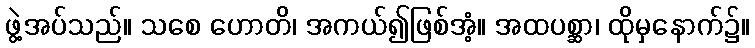
ဖွဲ့အပ်သည်။ သစေ ဟောတိ၊ အကယ်၍ဖြစ်အံ့။ အထပစ္ဆာ၊ ထိုမှနောက်၌။